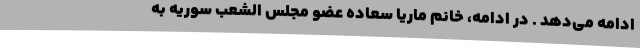
ادامه می‌دهد . در ادامه، خانم ماریا سعاده عضو مجلس الشعب سوریه به